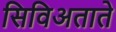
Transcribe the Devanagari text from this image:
सिविअताते